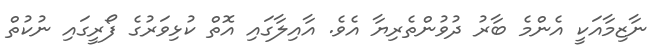
ނާޒިމާއަކީ އެންމެ ބާރު ދުވުންތެރިޔާ އެވެ. އާއިލާގައި އޮތް ކުޅިވަރުގެ ފޯރީގައި ނުކުތް